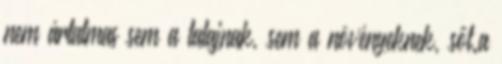
nem ártalmas sem a talajnak, sem a növényeknek, sőt.a